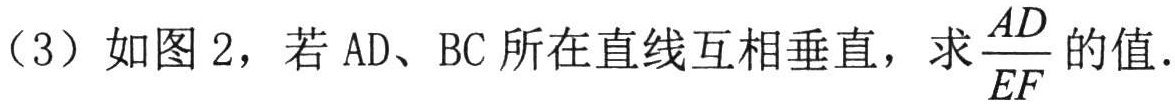
（3）如图 2，若 AD、BC 所在直线互相垂直，求$\frac{AD}{EF}$的值.